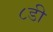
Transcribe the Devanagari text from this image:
८डी